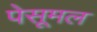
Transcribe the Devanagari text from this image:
पेसूमल